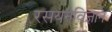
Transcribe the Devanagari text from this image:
रसयनविज्ञान